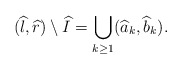
\begin{align*}(\widehat{l},\widehat{r})\setminus \widehat{I}=\bigcup_{k\geq 1}(\widehat{a}_k,\widehat{b}_k). \end{align*}